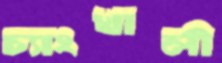
চ্যাংখালী